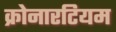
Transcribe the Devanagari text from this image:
क्रोनारटियम